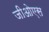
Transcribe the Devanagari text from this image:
जीओएस